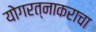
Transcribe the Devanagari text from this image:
योगरत्नाकराचा